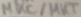
Text: MKC/MKT